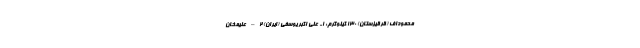
محموداف (قرقیزستان) ۱۳۰ کیلوگرم: ۱- علی اکبر یوسفی (ایران) ۲– علیمخان